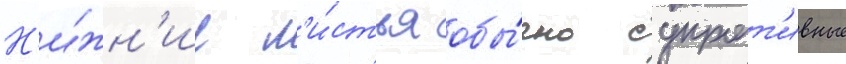
Н'и́жн'ие л'и́стья обы́чно супрот'ивные